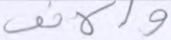
والأنف